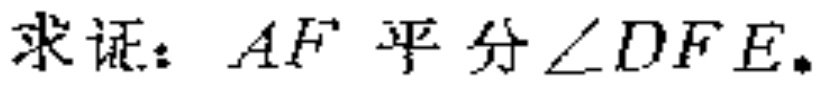
求证：\(AF\)平分\(\angle DFE\)。